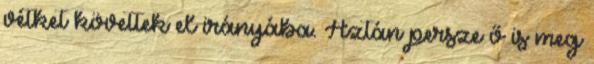
vétket követtek el irányába. Aztán persze ő is meg